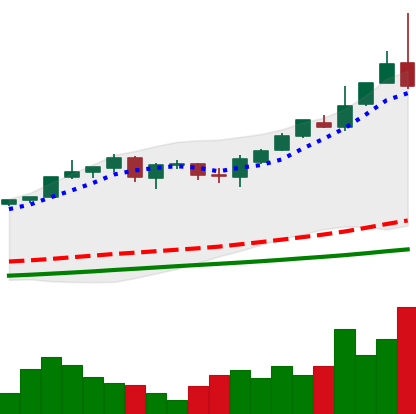
Ticker: BTC-USD
Chart end date: 2017-05-25
Forward return: -5.619%
Label: down_5_7